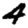
Digit: 4